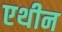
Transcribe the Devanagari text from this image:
एथीन